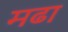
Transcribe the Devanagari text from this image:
मढा